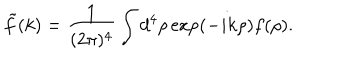
{ \tilde { f } } ( k ) = \frac { 1 } { ( 2 \pi ) ^ { 4 } } \int d ^ { 4 } \rho \exp ( - i k \rho ) f ( \rho ) .